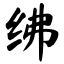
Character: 绋